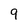
Character: 9